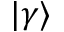
| \gamma \rangle